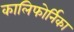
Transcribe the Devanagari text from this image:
कालिफोर्निका